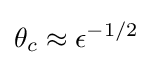
\theta _{c}\approx \epsilon ^{-1/2}